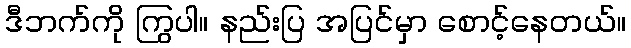
ဒီဘက်ကို ကြွပါ။ နည်းပြ အပြင်မှာ စောင့်နေတယ်။